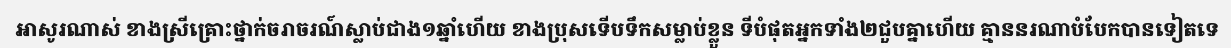
អាសូរណាស់ ខាងស្រីគ្រោះថ្នាក់ចរាចរណ៍ស្លាប់ជាង១ឆ្នាំហើយ ខាងប្រុសទើបទឹកសម្លាប់ខ្លួន ទីបំផុតអ្នកទាំង២ជួបគ្នាហើយ គ្មាននរណាបំបែកបានទៀតទេ